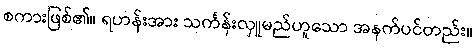
စကားဖြစ်၏။ ရဟန်းအား သင်္ကန်းလှူမည်ဟူသော အနက်ပင်တည်း။